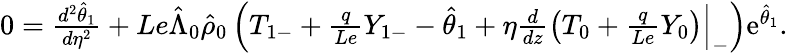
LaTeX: \begin{array}{r}{0=\frac{d^{2}\hat{\theta}_{1}}{d\eta^{2}}+Le\hat{\Lambda}_{0}\hat{\rho}_{0}\left({T}_{1-}+\frac{q}{Le}{Y}_{1-}-\hat{\theta}_{1}+\eta\frac{d}{dz}\left({T}_{0}+\frac{q}{Le}{Y}_{0}\right)\Big|_{-}\right)\mathrm{e}^{\hat{\theta}_{1}}.}\end{array}